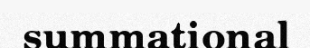
summational